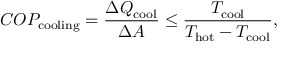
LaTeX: C O P _ { \mathrm { c o o l i n g } } = { \frac { \Delta Q _ { \mathrm { c o o l } } } { \Delta A } } \leq { \frac { T _ { \mathrm { c o o l } } } { T _ { \mathrm { h o t } } - T _ { \mathrm { c o o l } } } } ,